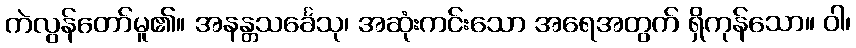
ကဲလွန်တော်မူ၏။ အနန္တသင်္ခေသု၊ အဆုံးကင်းသော အရေအတွက် ရှိကုန်သော။ ဝါ၊